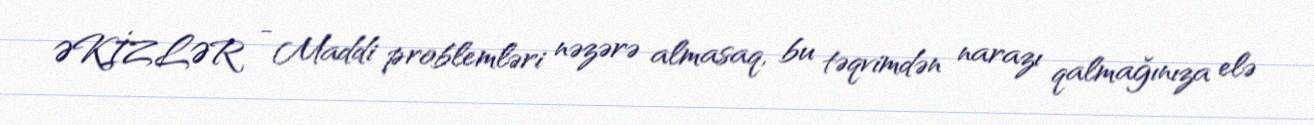
ƏKİZLƏR - Maddi problemləri nəzərə almasaq, bu təqvimdən narazı qalmağınıza elə